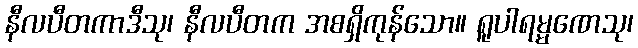
နီလပီတကာဒီသု၊ နီလပီတက အစရှိကုန်သော။ ရူပါရမ္မဏေသု၊